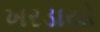
ખરડાયો